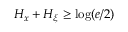
H _ { x } + H _ { \xi } \geq \log ( e / 2 )